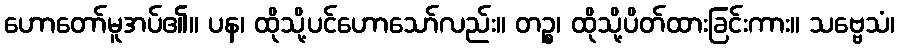
ဟောတော်မူအပ်၏။ ပန၊ ထိုသို့ပင်ဟောသော်လည်း။ တဉ္စ၊ ထိုသို့ပိတ်ထားခြင်းကား။ သဗ္ဗေသံ၊